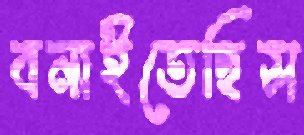
বনাইতেছিস